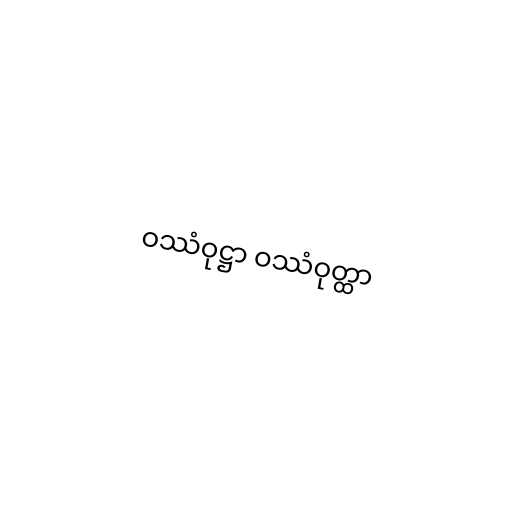
ဝဿံဝုဋ္ဌာ ဝဿံဝုတ္ထာ